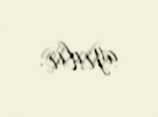
ayrılır.